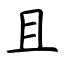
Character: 且